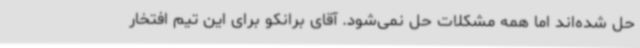
حل شده‌اند اما همه مشکلات حل نمی‌شود. آقای برانکو برای این تیم افتخار